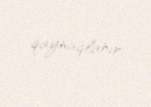
qaynaqlanır.